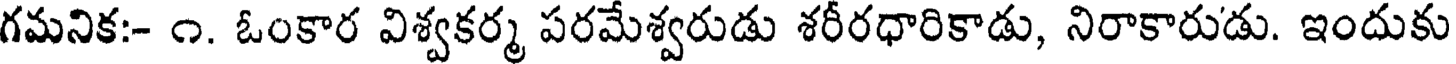
గమనిక:- ౧. ఓంకార విశ్వకర్మ పరమేశ్వరుడు శరీరధారికాడు, నిరాకారుడు. ఇందుకు